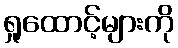
ရှုထောင့်များကို